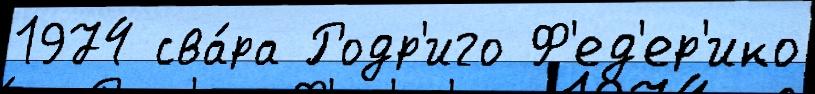
1974 сва́ра Родр'иго Ф'ед'ер'ико